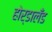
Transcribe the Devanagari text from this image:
होर्डालँड